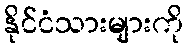
နိုင်ငံသားများကို